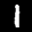
Label: 1